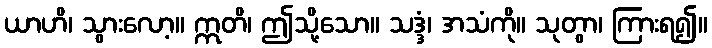
ယာဟိ၊ သွားလော့။ ဣတိ၊ ဤသို့သော။ သဒ္ဒံ၊ အသံကို။ သုတွာ၊ ကြားရ၍။